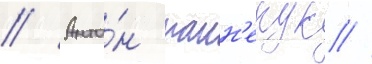
// Анто́н панн'екук /